Indian journal of veterinary science and animal husbandry - Volume 6,
Year: 1936
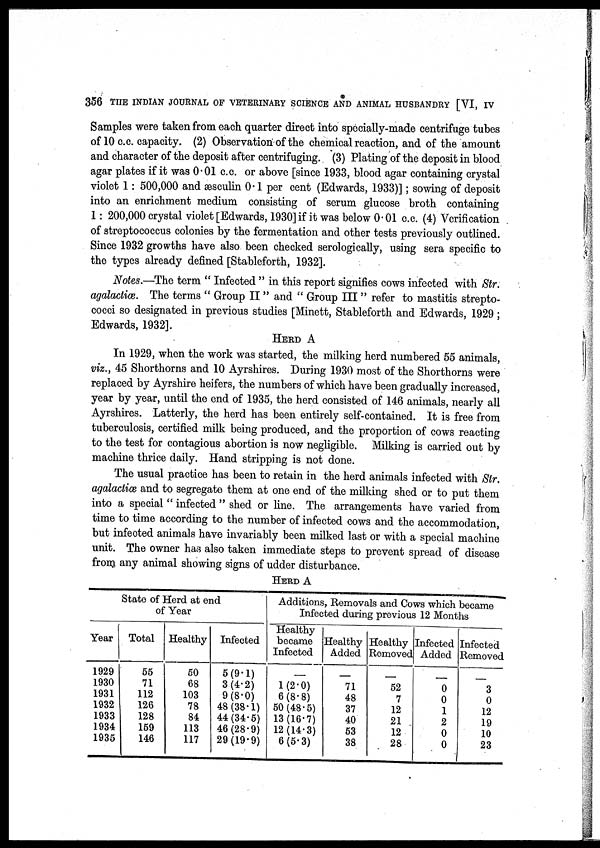
356 THE INDIAN JOURNAL OF VETERINARY SCIENCE AND ANIMAL HUSBANDRY [VI, IV
Samples were taken from each quarter direct into specially-made centrifuge tubes
of 10 c.c. capacity. (2) Observation of the chemical reaction, and of the amount
and character of the deposit after centrifuging. (3) Plating of the deposit in blood
agar plates if it was 0.01 c.c. or above [since 1933, blood agar containing crystal
violet 1 : 500,000 and æsculin 0.1 per cent (Edwards, 1933)]; sowing of deposit
into an enrichment medium consisting of serum glucose broth containing
1 : 200,000 crystal violet [Edwards, 1930] if it was below 0.01 c.c. (4) Verification
of streptococcus colonies by the fermentation and other tests previously outlined.
Since 1932 growths have also been checked serologically, using sera specific to
the types already defined [Stableforth, 1932].
Notes.—The term " Infected " in this report signifies cows infected with Str.
agalactiæ. The terms " Group II " and " Group III " refer to mastitis strepto-
cocci so designated in previous studies [Minett, Stableforth and Edwards, 1929 ;
Edwards, 1932].
HERD A
In 1929, when the work was started, the milking herd numbered 55 animals,
viz., 45 Shorthorns and 10 Ayrshires. During 1930 most of the Shorthorns were
replaced by Ayrshire heifers, the numbers of which have been gradually increased,
year by year, until the end of 1935, the herd consisted of 146 animals, nearly all
Ayrshires. Latterly, the herd has been entirely self-contained. It is free from
tuberculosis, certified milk being produced, and the proportion of cows reacting
to the test for contagious abortion is now negligible. Milking is carried out by
machine thrice daily. Hand stripping is not done.
The usual practice has been to retain in the herd animals infected with Str.
agalactiæ and to segregate them at one end of the milking shed or to put them
into a special " infected " shed or line. The arrangements have varied from
time to time according to the number of infected cows and the accommodation,
but infected animals have invariably been milked last or with a special machine
unit. The owner has also taken immediate steps to prevent spread of disease
from any animal showing signs of udder disturbance.
HERD A
State of Herd at end
of Year
Year
1929
1930
1931
1932
1933
1934
1935
Total
55
71
112
126
128
159
146
Healthy
50
68
103
78
84
113
117
Infected
5 (9.1)
3 (4.2)
9 (8.0)
48 (38.1)
44 (34.5)
46 (28.9)
29 (19.9)
Additions, Removals and Cows which became
Infected during previous 12 Months
Healthy
became
Infected
–
1 (2.0)
6 (8.8)
50 (48.5)
13 (16.7)
12 (14.3)
6 (5.3)
Healthy
Added
–
71
48
37
40
53
38
Healthy
Removed
–
52
7
12
21
12
28
Infected
Added
–
0
0
1
2
0
0
Infected
Removed
–
3
0
12
19
10
23